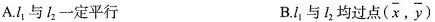
A.l_{1}与l_{2}一定平行 B.l_{1}与l_{2}均过点( ( \overline{x}, \overline{y})